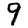
Digit: 9